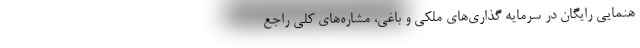
هنمايي رايگان در سرمايه گذاري‌هاي ملکی و باغي، مشاره‌هاي كلي راجع